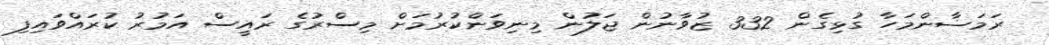
ރަމަޟާންމަހާ ގުޅިގެން 332 ޒުވާނުން ޖަލުން މިނިވަންކުރުމަށް މިސްރުގެ ރައީސް އަމުރު ކުރައްވައިފި